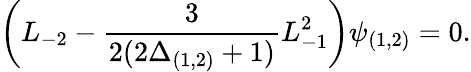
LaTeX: \left(L_{-2}-\frac{3}{2(2\Delta_{(1,2)}+1)}L_{-1}^{2}\right)\psi_{(1,2)}=0.